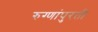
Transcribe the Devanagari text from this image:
रुग्णांपुरती